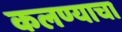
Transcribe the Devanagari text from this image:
कलण्याचा